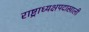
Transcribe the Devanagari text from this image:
राष्ट्राध्यक्षपदाखाली